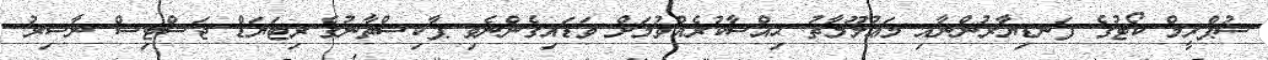
ސުޕްރީމް ކޯޓުގެ ފަނޑިޔާރުންނާއި މަޢުލޫމާތު ޙިއްސާކުރެއްވުމަށް ވަޑައިގެންނެވި ޕާކިސްތާނުގެ ރިޓަޔަޑް ޖަސްޓިސް ނާސިރު